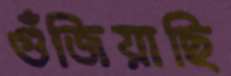
গুঁজিয়াছি